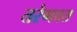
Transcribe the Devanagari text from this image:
तरंगवत